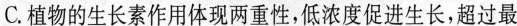
C.植物的生长素作用体现两重性，低浓度促进生长，超过最